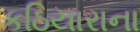
કઠિયારાના